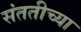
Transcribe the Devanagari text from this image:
संततीच्या